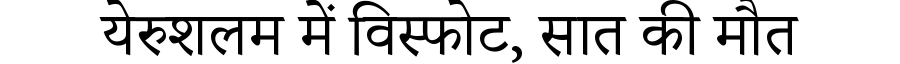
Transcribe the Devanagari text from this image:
येरुशलम में विस्फोट, सात की मौत